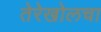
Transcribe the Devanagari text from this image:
तेरेखोलचा